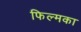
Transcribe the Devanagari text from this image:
फिल्मका